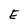
Character: E